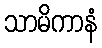
သာမိကာနံ